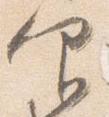
仰